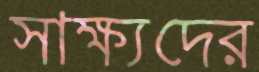
সাক্ষ্যদের